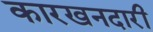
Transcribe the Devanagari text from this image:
कारखनदारी